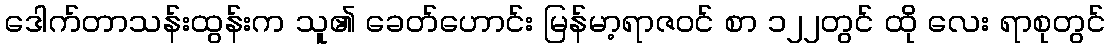
ဒေါက်တာသန်းထွန်းက သူ၏ ခေတ်ဟောင်း မြန်မာ့ရာဇဝင် စာ ၁၂၂တွင် ထို လေး ရာစုတွင်